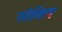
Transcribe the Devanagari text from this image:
सोविल